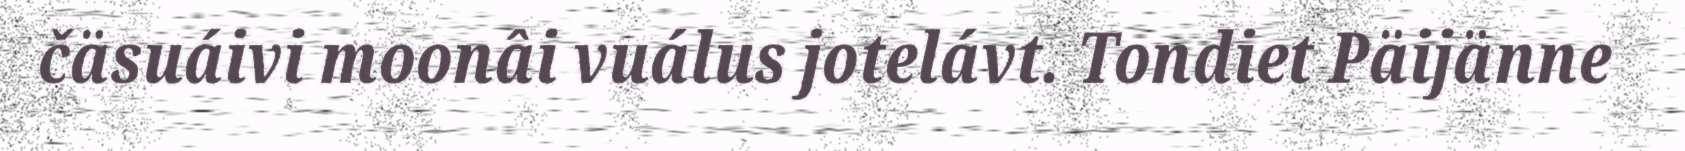
čäsuáivi moonâi vuálus jotelávt. Tondiet Päijänne